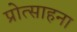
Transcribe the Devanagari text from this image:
प्रोत्साहना